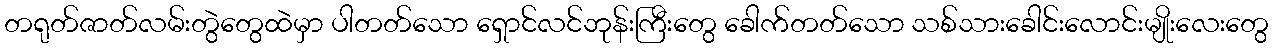
တရုတ်ဇာတ်လမ်းတွဲတွေထဲမှာ ပါတတ်သော ရှောင်လင်ဘုန်းကြီးတွေ ခေါက်တတ်သော သစ်သားခေါင်းလောင်းမျိုးလေးတွေ